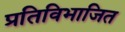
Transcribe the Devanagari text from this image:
प्रतिविभाजित